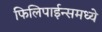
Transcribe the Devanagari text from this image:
फिलिपाईन्समध्ये